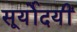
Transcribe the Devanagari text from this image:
सूर्योदयीं